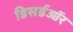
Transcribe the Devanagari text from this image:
डिसर्डऑर